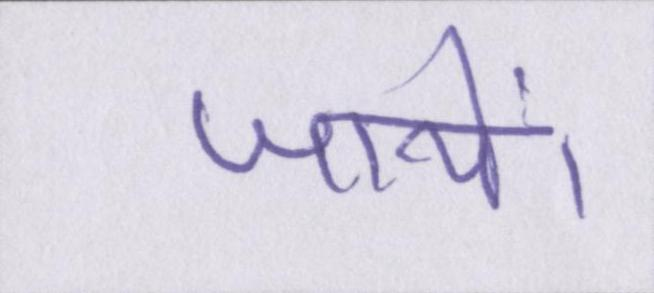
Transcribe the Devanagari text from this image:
जायें।